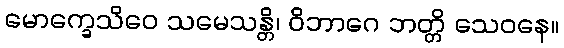
မောက္ခေသိဝေ သမေသန္တိ၊ ဝိဘာဂေ ဘတ္တိ သေဝနေ။